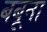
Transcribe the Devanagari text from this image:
बबूना